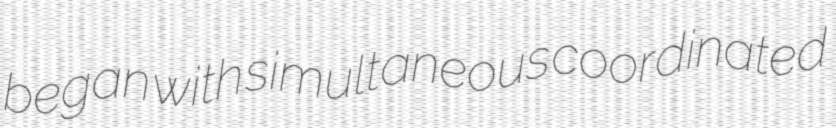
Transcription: began with simultaneous coordinated